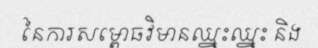
នៃការសម្ពោធវិមានឈ្នះឈ្នះ និង